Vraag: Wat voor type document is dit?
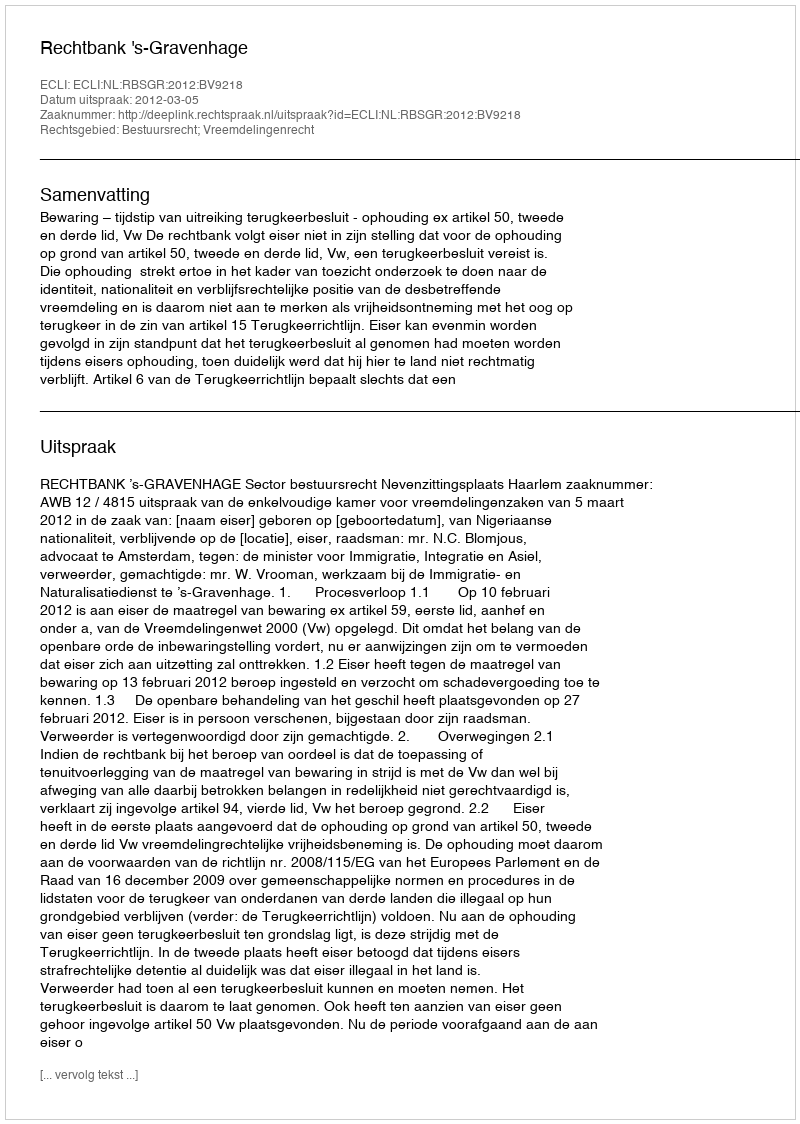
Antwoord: Uitspraak